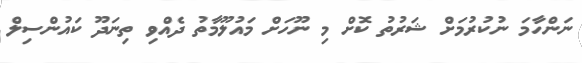
ނަންހާމަ ނުކުރުމަށް ޝަރުތު ކޮށް މި ނޫހަށް މައުލޫމާތު ދެއްވި ތިނަދޫ ކައުންސިލް